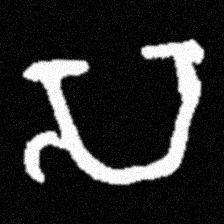
Pyu character \u2014 Myanmar letter: သ (romanized: sa)